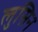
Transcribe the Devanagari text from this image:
लुसिन